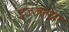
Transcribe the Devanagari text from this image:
इज्ज़तदार